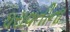
ધરાવતીના